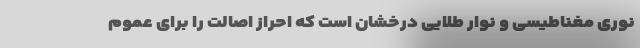
نوری مغناطیسی و نوار طلایی درخشان است که احراز اصالت را برای عموم